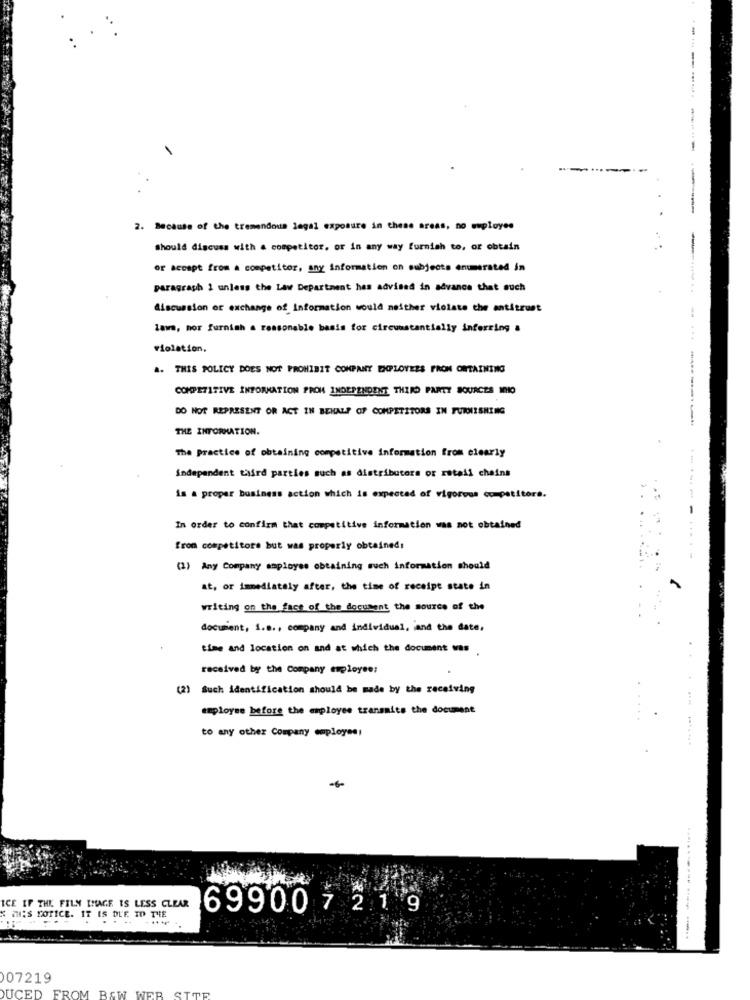
--------- ---- ---
2. Because of the tremendous legal exposure in these areas, no euployee
Should discuss with a competitor, or in any way furnish to, or obtain
or accept from a competitor, any information on subjects enumerated in
paragraph 1 unless the Law Department has advised in advance that such
discussion of exchange of Information would neither violate the antitrust
laws, mor furnish a reasonable basis for circunstantially inferring &
violation,
A. THIS POLICY DOES NOT PROHIBIT COMPANY DOPLOVERS FRON OWTAINING
COMPETITIVE INFORMATION PROM INDEPENDENT THIRD PARTY SOURCES MMO
DO NOT REPRESENT OR ACT IN BEHALF OF COMPETITORS IN FURNISHING
THE INFORMATION.
----------
The Practice of obtaining competitive information from clearly
independent third parties such as distributors or retail chains
is a proper business action which is expected of vigorous competitors.
------
In order to confirm that competitive information was not obtained
fron competitors but was properly obtained:
(1) Any Company employee obtaining such information should
at, or immediately after, the time of receipt state in
writing on the face of the document the source of the
document, 1.8 ., company and individual, and the date,
time and location on and at which the document was .
received by the Company employee:
(2) Such identification should be made by the receiving
employee before the employee transmits the document
to any other Company employee!
.......
-
ICE IF THE FILM IMAGE IS LESS CLEAR
699007 21 9
& M'S YOTICE. IT IS DUE TO THE
.......
07219
DUCED FROM B&W W